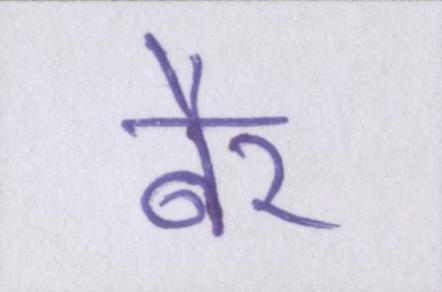
बैर